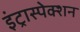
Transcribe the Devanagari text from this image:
इंट्रास्पेक्शन